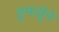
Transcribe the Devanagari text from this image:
हुमायूँने